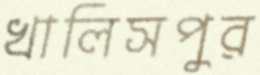
খালিসপুর